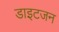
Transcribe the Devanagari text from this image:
डाइटजन